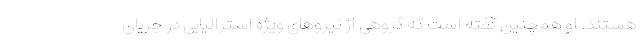
هستند. او همچنین گفته است که گروهی از نیروهای ویژه استرالیایی در جریان